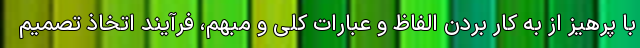
با پرهیز از به کار بردن الفاظ و عبارات کلی و مبهم، فرآیند اتخاذ تصمیم